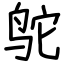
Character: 鸵